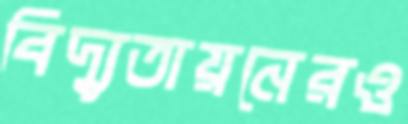
বিদ্যুতায়নেরও